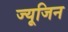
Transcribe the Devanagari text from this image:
ज्यूजिन